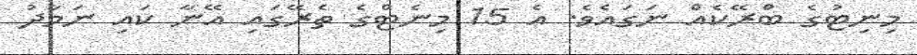
މިނިޓުގެ ބްރޭކެއް ނަގައެވެ. އެ 15 މިނެޓްގެ ތެރޭގައި އޭނާ ކައި ނަމާދު